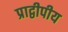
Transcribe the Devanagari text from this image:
प्राद्वीपीय